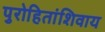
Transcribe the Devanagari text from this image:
पुरोहितांशिवाय